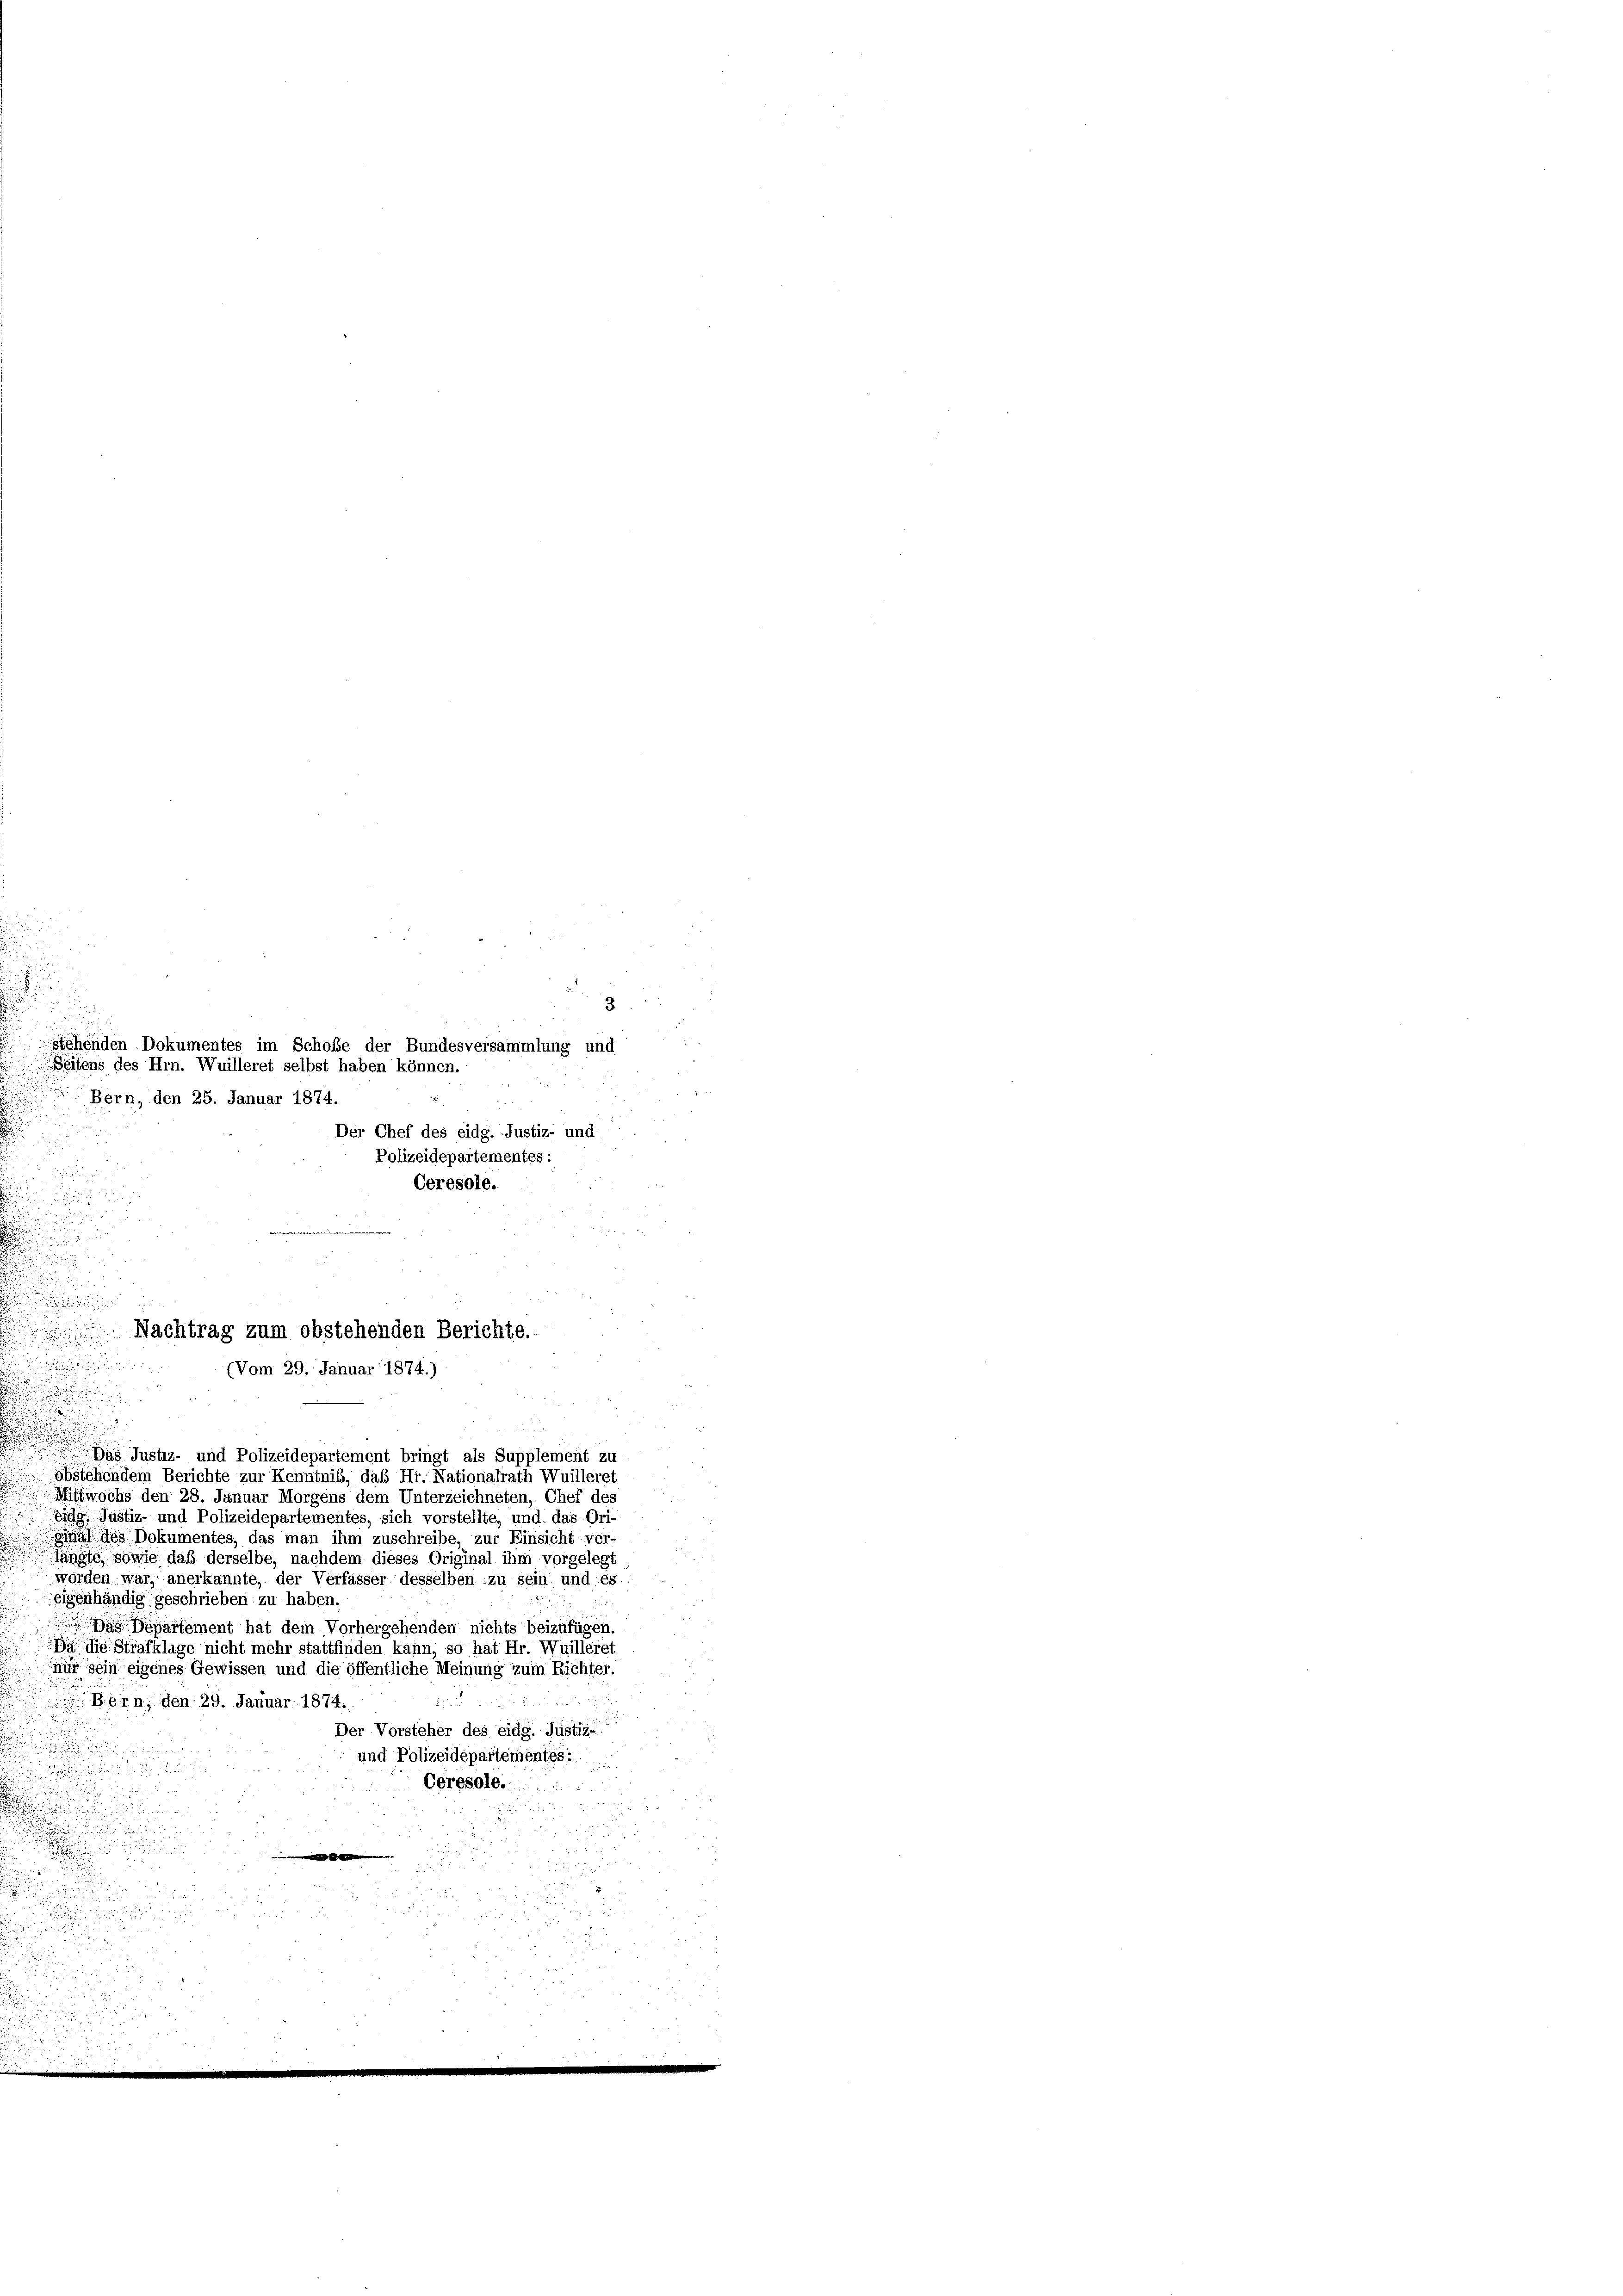
.

i
u

3
stehenden Dokumentes im Schoße der Bundesversammlung und
Seitens des Hrn. Wuilleret selbst haben können.
Bern, den 25. Januar 1874.
Der Chef des eidg. Justiz- und
Polizeidepartementes:

Da Justiz- und Polizeidepartement bringt als Supplement zu
öbstehendem Berichte zur Kenntnis, daß Hr. Nationalrath Wuilleret
Mitwochs den 28. Januar Morgens dem Unterzeichneten, Chef des
Eidg. Justiz- und Polizeidepartementes, sich vorstellte, und das Ori
hal des Dokumentes, das man ihm zuschreibe, zur Einsicht ver-
langte, sowie daß derselbe, nachdem dieses Original ihm vorgelegt
wörden war, anerkannte, der Verfasser desselben zu sein und es
eigenhändig geschrieben zu haben.
Das Departement hat dem Vorhergehenden nichts beizufügen.
Da die Strafklage nicht mehr stattfinden kann, so hat Hr. Wuilleret
nur sein eigenes Gewissen und die öffentliche Meinung zum Richter.
 Bern, den 29. Januar 1874.
Der Vorsteher des eidg. Justiz-

u

und Polizeidepartementes:
u

Ceresole.

d

e
u

d

Ceresole.
Nachtrag zum obstehenden Berichte.
(Vom 29. Januar 1874.)